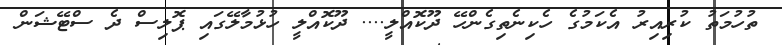
ތުހުމަތު ކުރިއިރު އެކަމުގެ ހެކިނެތިގެންހޭ ދޫކޮއްލީ.... ދޫކޮއްލީ ހުޅުމާލޭގައި ޕޮލިސް ދެ ސްޓޭޝަން